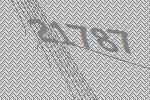
21787